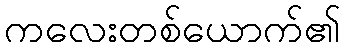
ကလေးတစ်ယောက်၏